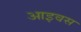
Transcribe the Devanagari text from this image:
आइवस